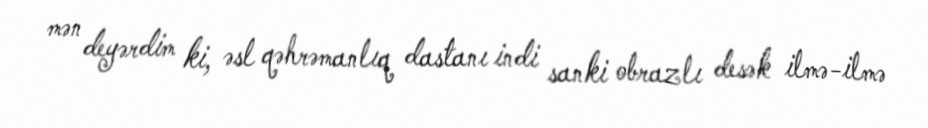
mən deyərdim ki, əsl qəhrəmanlıq dastanı indi sanki obrazlı desək ilmə-ilmə